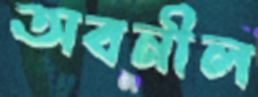
অবনীল